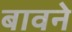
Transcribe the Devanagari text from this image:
बावने